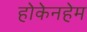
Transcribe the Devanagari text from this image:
होकेनहेम